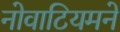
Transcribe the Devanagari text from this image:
नोवाटियमने